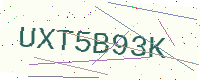
Text: UXT5B93K